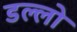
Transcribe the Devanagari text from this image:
डल्लो